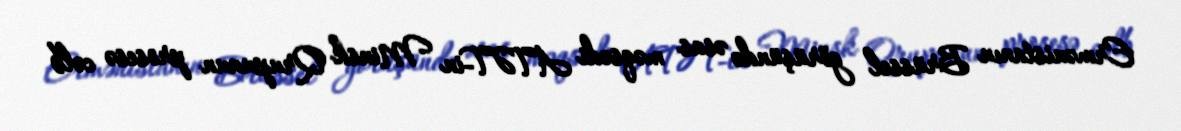
Ermənistanın Brüssel görüşündə əsas məqsədi ATƏT-in Minsk Qrupunun prosesə cəlb